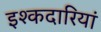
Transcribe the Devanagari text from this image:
इश्कदारियां